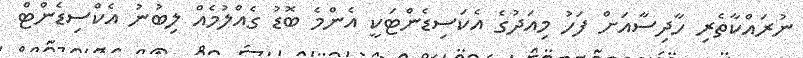
ނުރައްކާތެރި ހާދިސާއަށް ފަހު މިއަދުގެ އެކަސިޑެންޓަކީ އެންމެ ބޮޑު ގެއްލުމެއް ލިބުނު އެކްސިޑެންޓް